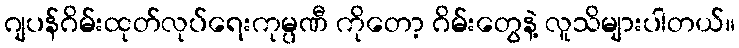
ဂျပန်ဂိမ်းထုတ်လုပ်ရေးကုမ္ပဏီ ကိုတော့ ဂိမ်းတွေနဲ့ လူသိများပါတယ်။